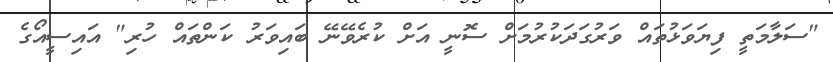
"ސަލާމަތީ ފިޔަވަޅުތައް ވަރުގަދަކުރުމަށް ސޮނީ އަށް ކުރެވޭނޭ ބައިވަރު ކަންތައް ހުރި" އައިސީއޯގެ